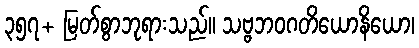
၃၅၇+ မြတ်စွာဘုရားသည်။ သဗ္ဗဘဝဂတိယောနိယော၊